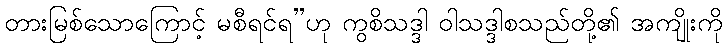
တားမြစ်သောကြောင့် မစီရင်ရ”ဟု ကွစိသဒ္ဒါ ဝါသဒ္ဒါစသည်တို့၏ အကျိုးကို